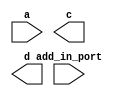
module SubMod_Replace(a,add_in_port,c,d);
   input a;
   
//   input [3:0] b;
   input 	   add_in_port;
   
   output c;
   output d;   
endmodule